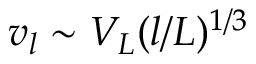
v _ { l } \sim V _ { L } ( l / L ) ^ { 1 / 3 }